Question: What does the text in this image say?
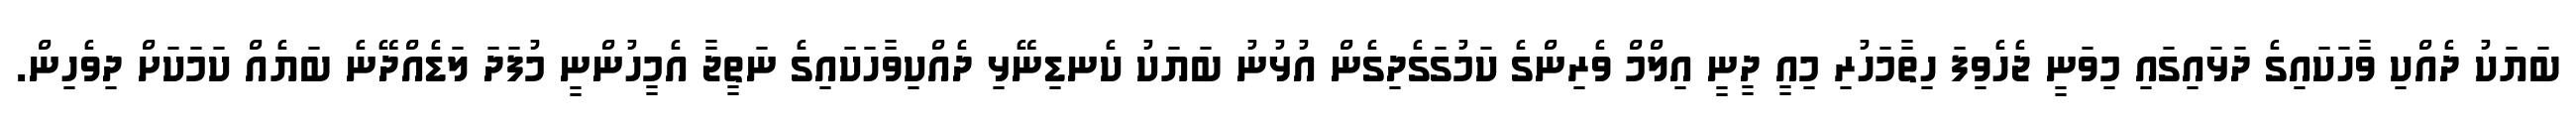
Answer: ބަޔަކު ދެއްކި ވާހަކައިގެ ދަޅައިގައި މިވަނީ ޖެހެވިފަ ހިތާމަހުރި މިއީ ދީނީ އިލްމް ވެރިންގެ ކަމުގަގެދިގެން އުޅުނު ބަޔަކު ކެނޑިނޭޅި ދެއްކިވާހަކައިގެ ނަތީޖާ އެމީހުންނީ މުފަދަ ލަޑެއްދޭނެ ބަޔެއް ކަމަކަށް ދިވެހިން.